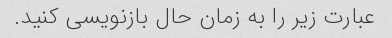
عبارت زیر را به زمان حال بازنویسی کنید.